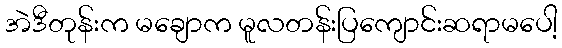
အဲဒီတုန်းက မချောက မူလတန်းပြကျောင်းဆရာမပေါ့